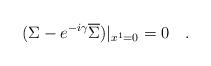
LaTeX: \begin{align*}(\Sigma - e^{-i\gamma} \overline{\Sigma})|_{x^1=0}=0\quad.\end{align*}